Annual report on the working of the lock hospitals in the North-Western Provinces and Oudh
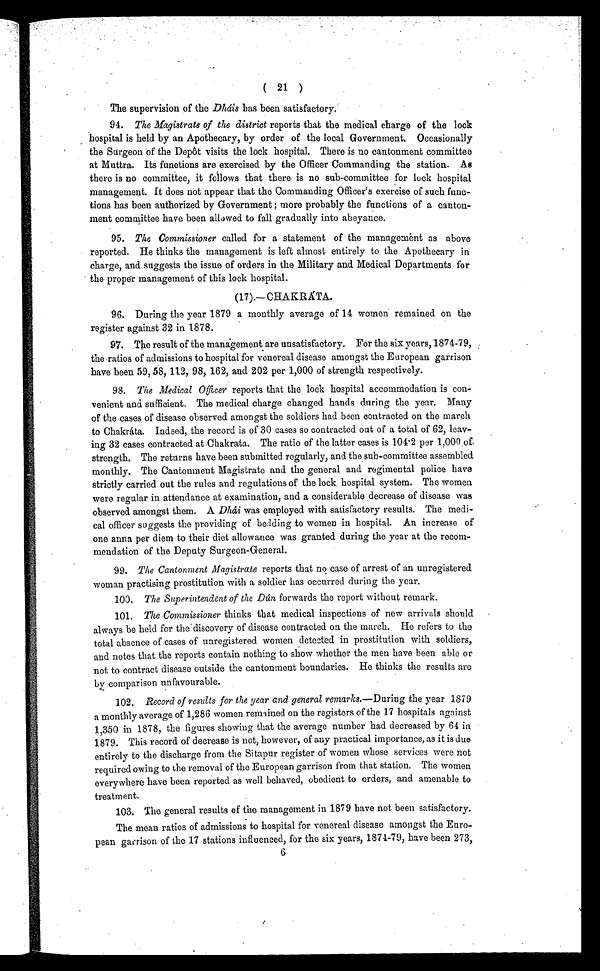
( 21 )
The supervision of the Dháis has been satisfactory.
94. The Magistrate of the district reports that the medical charge of the lock
hospital is held by an Apothecary, by order of the local Government. Occasionally
the Surgeon of the Depot visits the lock hospital. There is no cantonment committee
at Muttra. Its functions are exercised by the Officer Commanding the station. As
there is no committee, it follows that there is no sub-committee for lock hospital
management. It does not appear that the Commanding Officer's exercise of such func-
tions has been authorized by Government ; more probably the functions of a canton-
ment committee have been allowed to fall gradually into abeyance.
95. The Commissioner called for a statement of the management as above
reported. He thinks the management is left almost entirely to the Apothecary in
charge, and suggests the issue of orders in the Military and Medical Departments for
the proper management of this lock hospital.
(17).—CHAKRATA.
96. During the year 1879 a monthly average of 14 women remained on the
register against 32 in 1878.
97. The result of the management are unsatisfactory. For the six years, 1874-79,
the ratios of admissions to hospital for venereal disease amongst the European garrison
have been 59, 58, 112, 98, 162, and 202 per 1,000 of strength respectively.
98. The Medical Officer reports that the lock hospital accommodation is con-
venient and sufficient. The medical charge changed hands during the year. Many
of the cases of disease observed amongst the soldiers had been contracted on the march
to Chakráta. Indeed, the record is of 30 cases so contracted out of a total of 62, leav-
ing 32 cases contracted at Chakrata. The ratio of the latter cases is 104.2 per 1,000 of
strength. The returns have been submitted regularly, and the sub-committee assembled
monthly. The Cantonment Magistrate and the general and regimental police have
strictly carried out the rules and regulations of the lock hospital system. The women
were regular in attendance at examination, and a considerable decrease of disease was
observed amongst them. A Dhái was employed with satisfactory results. The medi
-cal officer suggests the providing of bedding to women in hospital. An increase of
one anna per diem to their diet allowance was granted during the year at the recom-
mendation of the Deputy Surgeon-General.
99. The Cantonment Magistrate reports that no case of arrest of an unregistered
woman practising prostitution with a soldier has occurred during the year.
100. The Superintendent of the Dún forwards the report without remark.
101. The Commissioner thinks that medical inspections of new arrivals should
always be held for the discovery of disease contracted on the march. He refers to the
total absence of cases of unregistered women detected in prostitution with soldiers,
and notes that the reports contain nothing to show whether the men have been able or
not to contract disease outside the cantonment boundaries. He thinks the results are
by comparison unfavourable.
102. Record of results for the year and. general remarks.—During the year 1879
a monthly average of 1,286 women remained on the registers of the 17 hospitals against
1,350 in 1878, the figures showing that the average number had decreased by 64 in
1879. This record of decrease is not, however, of any practical importance, as it is due
entirely to the discharge from the Sitapur register of women whose services were not
required owing to the removal of the European garrison from that station. The women
everywhere have been reported as well behaved, obedient to orders, and amenable to
treatment.
103. The general results of the management in 1879 have not been satisfactory.
The mean ratios of admissions to hospital for venereal disease amongst the Euro--
p e a n g r r i s o n o f t h e 1 7 s t a i o n s i n f l u e n c e d . f o r t h e s i x Y e a r s , 1 8 7 1 - 7 9 , h a v e b e e n 2 7 3 ,
6